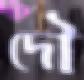
দৌ